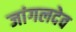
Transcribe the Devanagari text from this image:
जांगलदेव